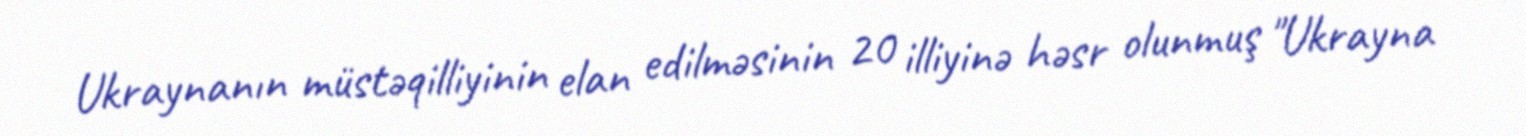
Ukraynanın müstəqilliyinin elan edilməsinin 20 illiyinə həsr olunmuş "Ukrayna